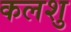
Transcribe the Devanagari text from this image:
कलशु